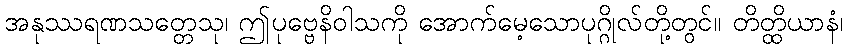
အနုဿရဏသတ္တေသု၊ ဤပုဗ္ဗေနိဝါသကို အောက်မေ့သောပုဂ္ဂိုလ်တို့တွင်။ တိတ္ထိယာနံ၊